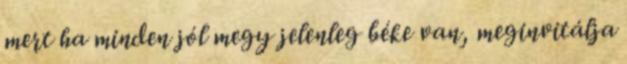
mert ha minden jól megy jelenleg béke van, meginvitálja